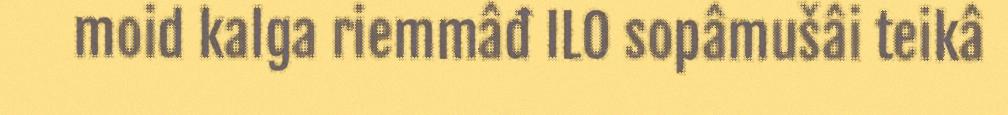
moid kalga riemmâđ ILO sopâmušâi teikâ